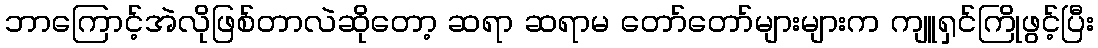
ဘာကြောင့်အဲလိုဖြစ်တာလဲဆိုတော့ ဆရာ ဆရာမ တော်တော်များများက ကျူရှင်ကြိုဖွင့်ပြီး